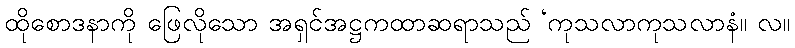
ထိုစောဒနာကို ဖြေလိုသော အရှင်အဋ္ဌကထာဆရာသည် ‘ကုသလာကုသလာနံ။ လ။